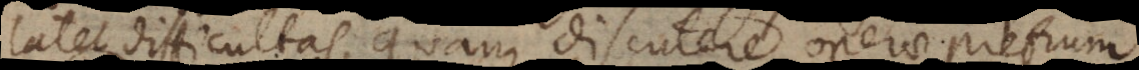
latet difficultas, quam discutere operae pretium